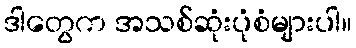
ဒါတွေက အသစ်ဆုံးပုံစံများပါ။